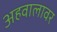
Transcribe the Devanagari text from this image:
अहवालावर